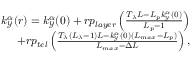
\begin{array} { r } { k _ { \mathcal { Y } } ^ { \alpha } ( r ) = k _ { \mathcal { Y } } ^ { \alpha } ( 0 ) + r p _ { l a y e r } \left( \frac { T _ { \lambda } L - L _ { p } k _ { \mathcal { Y } } ^ { \alpha } ( 0 ) } { L _ { p } - 1 } \right) } \\ { + r p _ { t e l } \left( \frac { T _ { \lambda } ( L _ { \lambda } - 1 ) L - k _ { \mathcal { Y } } ^ { \alpha } ( 0 ) ( L _ { m a x } - L _ { p } ) } { L _ { m a x } - \Delta L } \right) , } \end{array}